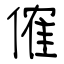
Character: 傕